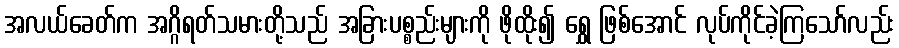
အလယ်ခေတ်က အဂ္ဂိရတ်သမားတို့သည် အခြားပစ္စည်းများကို ဖိုထိုး၍ ရွှေ ဖြစ်အောင် လုပ်ကိုင်ခဲ့ကြသော်လည်း